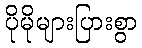
ပိုမိုများပြားစွာ